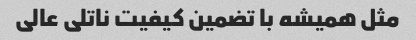
مثل همیشه با تضمین کیفیت ناتلی عالی